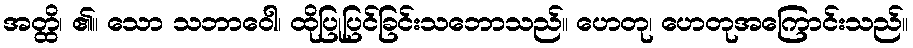
အတ္ထိ၊ ၏။ သော သဘာဝေါ၊ ထိုပြုပြင်ခြင်းသဘောသည်။ ဟေတု၊ ဟေတုအကြောင်းသည်။